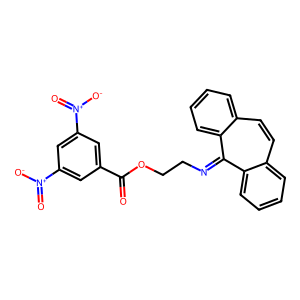
SMILES: O=C(OCCN=c1c2ccccc2ccc2ccccc12)c1cc([N+](=O)[O-])cc([N+](=O)[O-])c1
Inhibits HIV replication: No